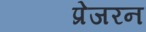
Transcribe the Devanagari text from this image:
प्रेजरन